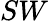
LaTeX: SW